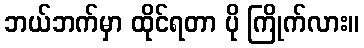
ဘယ်ဘက်မှာ ထိုင်ရတာ ပို ကြိုက်လား။